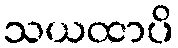
သယထာပိ